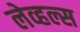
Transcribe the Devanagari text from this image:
लेव्हल्स